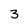
Character: 3